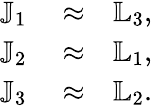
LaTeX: \begin{array}{rlr}{{\mathbb J}_{1}}&{{}\approx}&{{\mathbb L}_{3},}\\ {{\mathbb J}_{2}}&{{}\approx}&{{\mathbb L}_{1},}\\ {{\mathbb J}_{3}}&{{}\approx}&{{\mathbb L}_{2}.}\end{array}